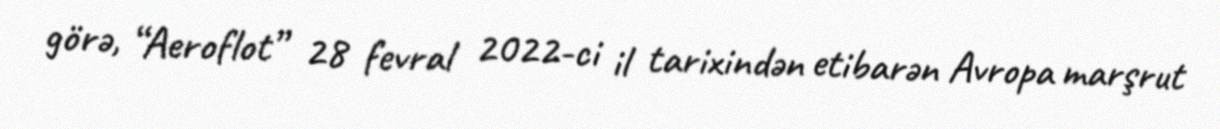
görə, “Aeroflot” 28 fevral 2022-ci il tarixindən etibarən Avropa marşrut